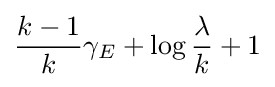
{\frac {k-1}{k}}\gamma _{E}+\log {\frac {\lambda }{k}}+1